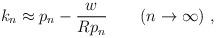
LaTeX: \begin{align*}k_n \approx p_n - \frac{w}{R p_n} \qquad (n\to \infty) \ ,\end{align*}